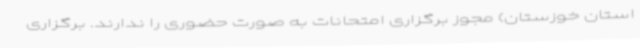
استان خوزستان) مجوز برگزاری امتحانات به صورت حضوری را ندارند. برگزاری